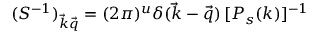
( S ^ { - 1 } ) _ { { \vec { k } } { \vec { q } } } = ( 2 \pi ) ^ { u } \delta ( { \vec { k } } - { \vec { q } } ) \, [ P _ { s } ( k ) ] ^ { - 1 }